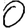
Digit: 0